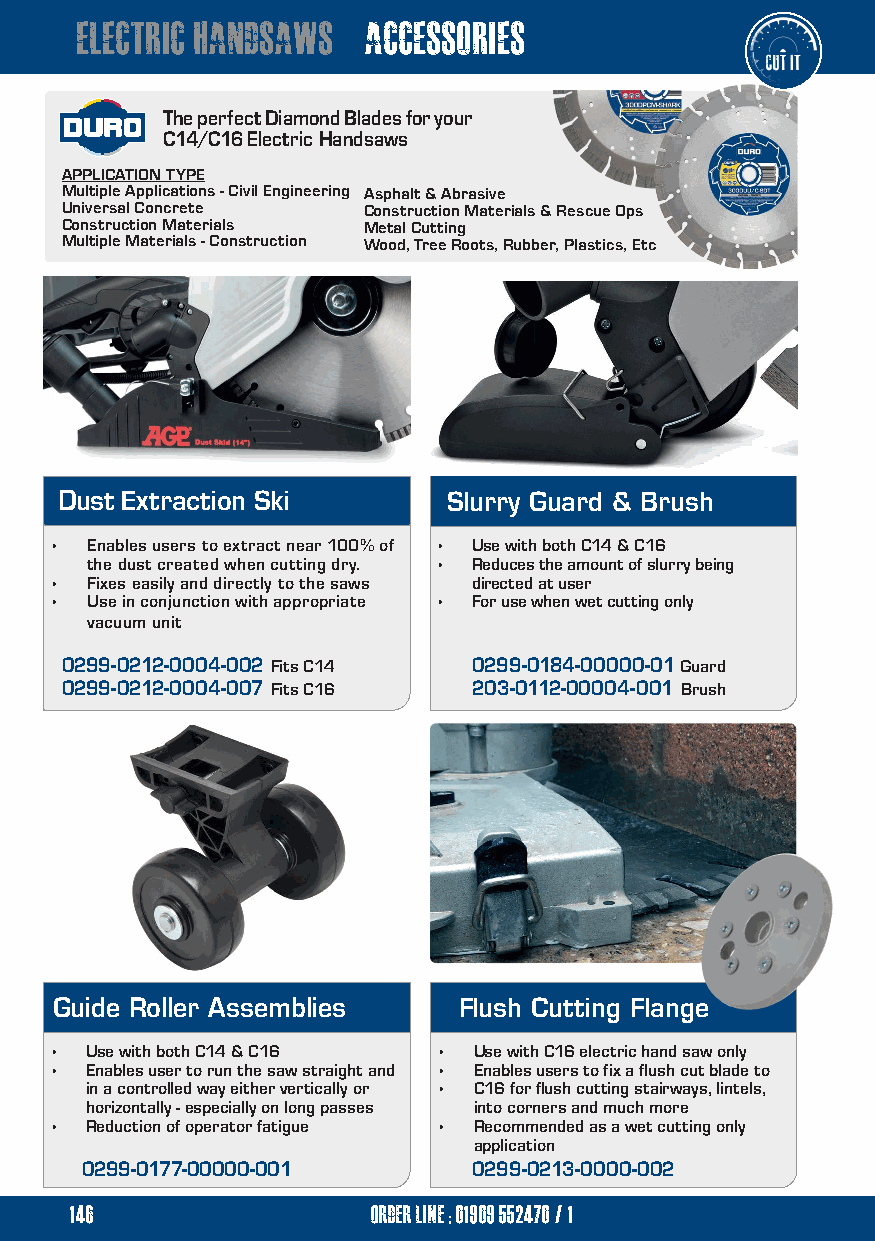
electric handsaws  accessories
 The perfect Diamond Blades for your
 C14/C16 Electric Handsaws
 APPLICATION TYPE
 Multiple Applications - Civil Engineering Asphalt & Abrasive
 Universal Concrete  Construction Materials & Rescue Ops
 Construction Materials Metal Cutting
 Multiple Materials - Construction Wood, Tree Roots, Rubber, Plastics, Etc
 Dust Extraction Ski       Slurry Guard & Brush
 •  Enables users to extract near 100% of • Use with both C14 & C16
 the dust created when cutting dry. • Reduces the amount of slurry being
 •  Fixes easily and directly to the saws directed at user
 •  Use in conjunction with appropriate • For use when wet cutting only
 vacuum unit
 0299-0212-0004-002 Fits C14 0299-0184-00000-01 Guard
 0299-0212-0004-007 Fits C16 203-0112-00004-001 Brush
 Guide Roller Assemblies   Flush Cutting Flange
 •  Use with both C14 & C16 • Use with C16 electric hand saw only
 •  Enables user to run the saw straight and • Enables users to fix a flush cut blade to
 in a controlled way either vertically or • C16 for flush cutting stairways, lintels,
 horizontally - especially on long passes into corners and much more
 •  Reduction of operator fatigue • Recommended as a wet cutting only
 application
 0299-0177-00000-001       0299-0213-0000-002
 146                 order line ; 01909 552470/1